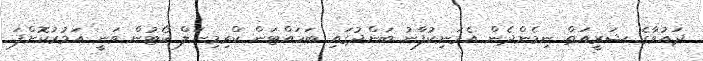
ދައުވާގެ ޝަރީއަތް ނިމެންދެން އެމަނިކުފާނު ބަންދުގައި ބަހައްޓަން ކްރިމިނަލް ކޯޓުން ވަނީ އަމުރުކޮށްފަ